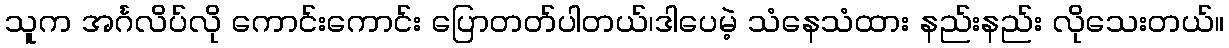
သူက အင်္ဂလိပ်လို ကောင်းကောင်း ပြောတတ်ပါတယ်၊ဒါပေမဲ့ သံနေသံထား နည်းနည်း လိုသေးတယ်။